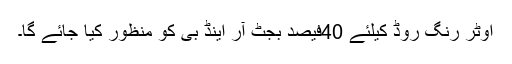
اوٹر رنگ روڈ کیلئے 40فیصد بجٹ آر اینڈ بی کو منظور کیا جائے گا۔